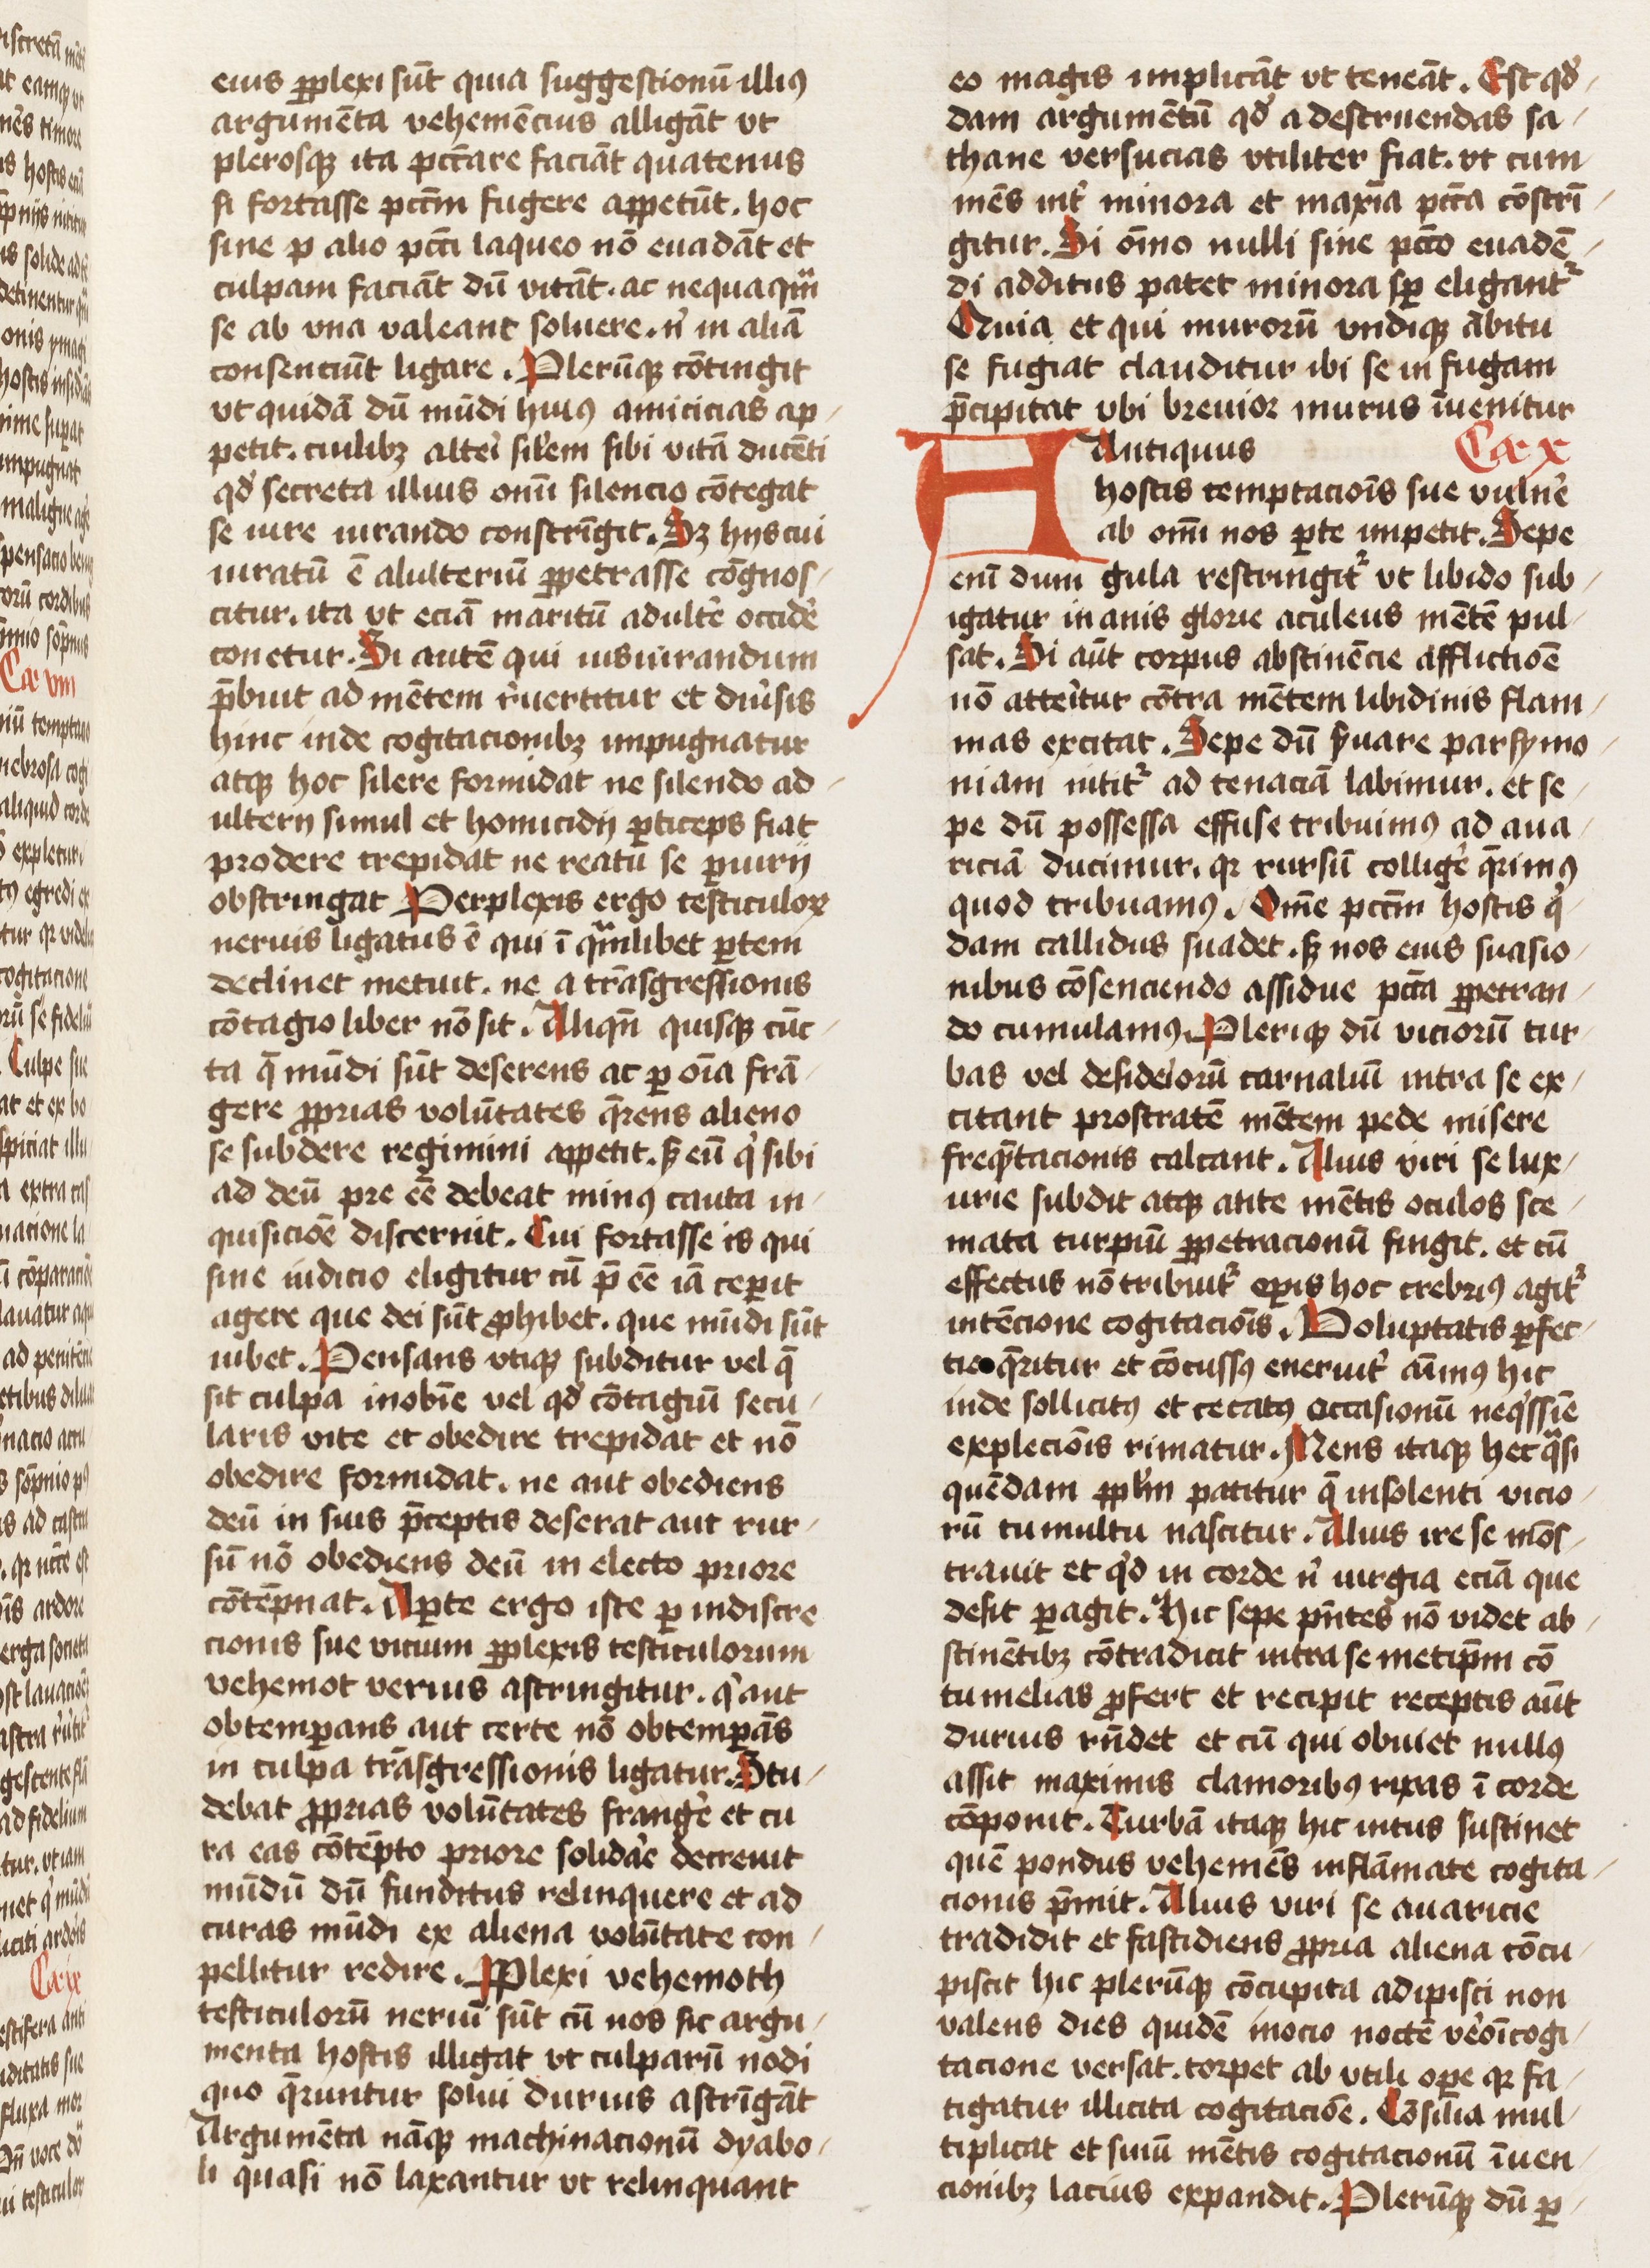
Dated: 1425–1474